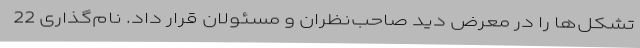
تشکل‌ها را در معرض دید صاحب‌نظران و مسئولان قرار داد. نام‌گذاری 22